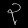
Digit: ၃